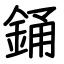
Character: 銿